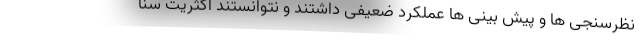
نظرسنجی ها و پیش بینی ها عملکرد ضعیفی داشتند و نتوانستند اکثریت سنا